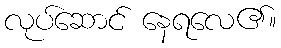
လုပ်ဆောင် နေရလေ၏။